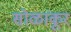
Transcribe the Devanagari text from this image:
सोळांकूर